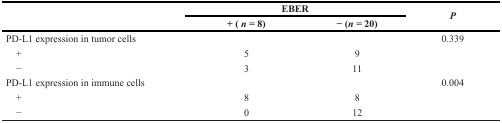
<table><thead><tr><td rowspan="2"></td><td colspan="2"><b>EBER</b></td><td rowspan="2"><b><i>P</i></b></td></tr><tr><td><b>+ (<i>n</i> = 8)</b></td><td><b>− (<i>n</i> = 20)</b></td></tr></thead><tbody><tr><td>PD-L1 expression in tumor cells</td><td></td><td></td><td>0.339</td></tr><tr><td> +</td><td>5</td><td>9</td><td></td></tr><tr><td> −</td><td>3</td><td>11</td><td></td></tr><tr><td>PD-L1 expression in immune cells</td><td></td><td></td><td>0.004</td></tr><tr><td> +</td><td>8</td><td>8</td><td></td></tr><tr><td> −</td><td>0</td><td>12</td><td></td></tr></tbody></table>